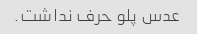
عدس پلو حرف نداشت.